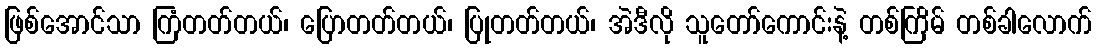
ဖြစ်အောင်သာ ကြံတတ်တယ်၊ ပြောတတ်တယ်၊ ပြုတတ်တယ်၊ အဲဒီလို သူတော်ကောင်းနဲ့ တစ်ကြိမ် တစ်ခါလောက်